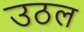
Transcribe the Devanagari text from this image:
उठल